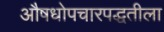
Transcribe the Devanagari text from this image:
औषधोपचारपद्धतीला